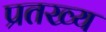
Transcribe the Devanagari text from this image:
प्रतख्य